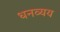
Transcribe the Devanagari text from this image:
धनव्यय